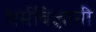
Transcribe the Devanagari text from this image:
धर्मविज्ञानी